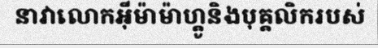
នាវាលោកអ៊ីម៉ាម៉ាហ្គូនិងបុគ្គលិករបស់